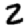
Digit: 2